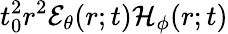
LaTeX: t_{0}^{2}r^{2}{\mathcal E}_{\theta}(r;t){\mathcal H}_{\phi}(r;t)